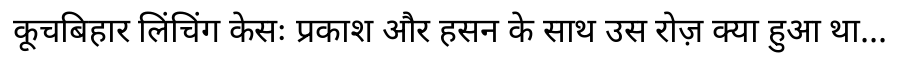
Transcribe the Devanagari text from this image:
कूचबिहार लिंचिंग केसः प्रकाश और हसन के साथ उस रोज़ क्या हुआ था...